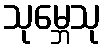
သုမ္ဘေသု